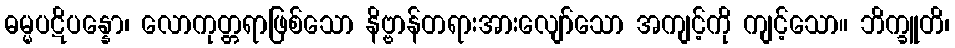
ဓမ္မပဋိပန္နော၊ လောကုတ္တရာဖြစ်သော နိဗ္ဗာန်တရားအားလျော်သော အကျင့်ကို ကျင့်သော။ ဘိက္ခူတိ၊